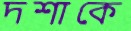
দশাকে